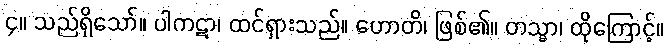
၄။ သည်ရှိသော်။ ပါကဋာ၊ ထင်ရှားသည်။ ဟောတိ၊ ဖြစ်၏။ တသ္မာ၊ ထိုကြောင့်။